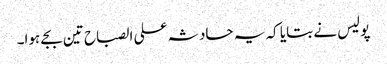
پولیس نے بتایا کہ یہ حادثہ علی الصباح تین بجے ہوا۔